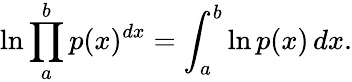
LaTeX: \ln\prod_{a}^{b}p(x)^{dx}=\int_{a}^{b}\ln p(x)\, dx.